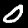
Label: 0